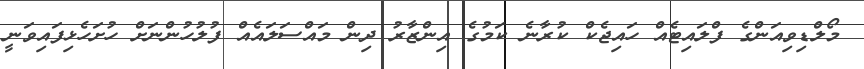
މޯލްޑިވިއަންގެ ފްލައިޓެއް ހައިޖެކް ކުރާނެ ކަމުގެ އިންޒާރު ދިން މައްސަލައެއް ފުލުހުންނަށް ހުށަހެޅިފައިވަނީ